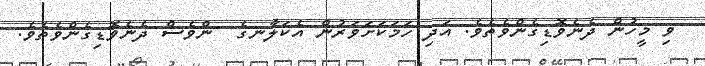
ވި މީހުން ދެނެވޮޑިގެންވެތެވެ. އަދި ހަމަކަށަވަރުން އެކަލާނގެ  ންވެސް ދެނެވޮޑިގެންވެތެވެ.